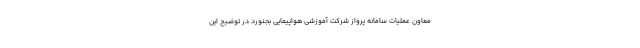
معاون عملیات سامانه پرواز شرکت آموزشی هواپیمایی بجنورد در توضیح این